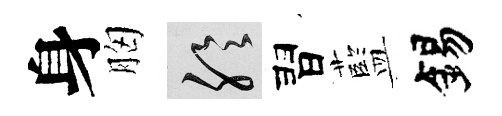
身胸聆習藍錫